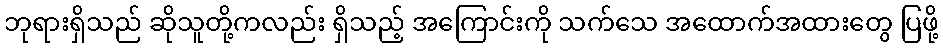
ဘုရားရှိသည် ဆိုသူတို့ကလည်း ရှိသည့် အကြောင်းကို သက်သေ အထောက်အထားတွေ ပြဖို့